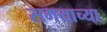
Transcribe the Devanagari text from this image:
समयाच्या